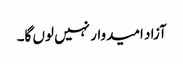
آزاد امیدوار نہیں لوں گا۔